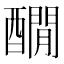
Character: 𨣇